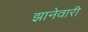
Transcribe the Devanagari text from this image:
झानेवारी